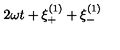
2 \omega t + \xi _ { + } ^ { ( 1 ) } + \xi _ { - } ^ { ( 1 ) }